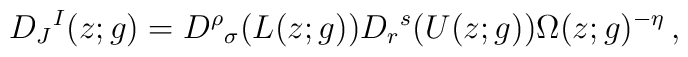
D_{J}{}^{I}(z;g)=D^{\rho}{}_{\sigma}(L(z;g))D_{r}{}^{s}(U(z;g))\Omega(z;g)^{-\eta}\,,